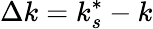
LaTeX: \Delta k=k_{s}^{*}-k